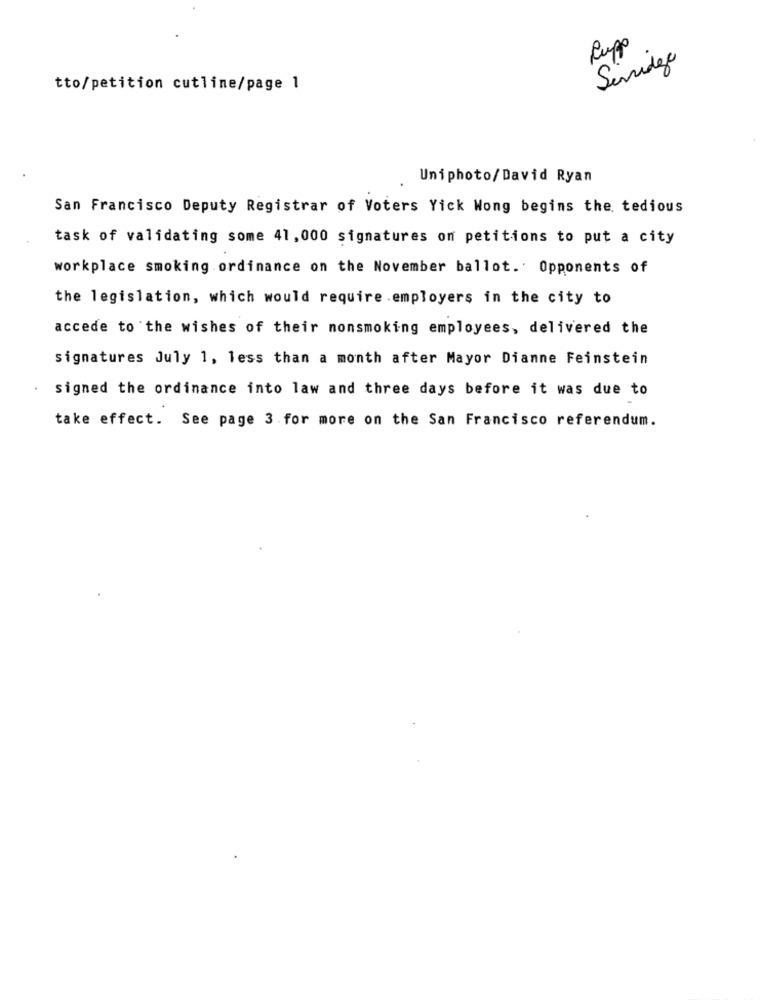
Rupo
Seridge
tto/petition cutline/page 1
Uniphoto/David Ryan
San Francisco Deputy Registrar of Voters Yick Wong begins the tedious
task of validating some 41,000 signatures on petitions to put a city
workplace smoking ordinance on the November ballot. Opponents of
the legislation, which would require employers in the city to
accede to the wishes of their nonsmoking employees, delivered the
signatures July 1, less than a month after Mayor Dianne Feinstein
signed the ordinance into law and three days before it was due to
take effect. See page 3 .for more on the San Francisco referendum.